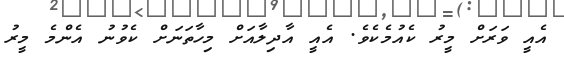
އެއީ ވަރަށް މީރު ކެއުމެކެވެ. އެއީ އާދިލާއަށް މިހާތަނަށް ކެވުނު އެންމެ މީރު